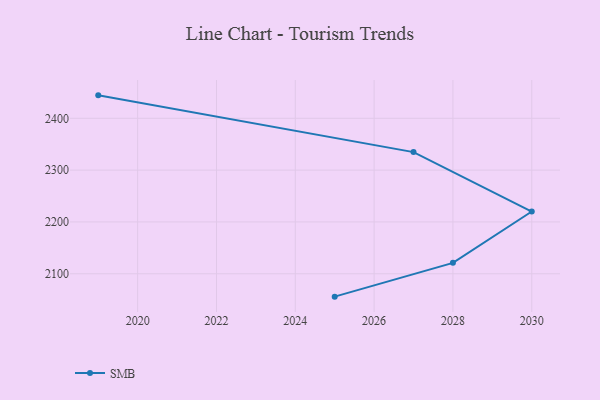
{"axis": {"x": "Year", "y": "Page Views"}, "legend": ["SMB"], "data": [{"x": "2019", "y": 2444.3, "type": "SMB"}, {"x": "2027", "y": 2334.8, "type": "SMB"}, {"x": "2030", "y": 2220.1, "type": "SMB"}, {"x": "2028", "y": 2121.0, "type": "SMB"}, {"x": "2025", "y": 2055.8, "type": "SMB"}]}